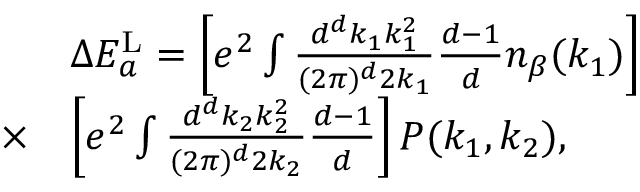
\begin{array} { r l } & { \Delta E _ { a } ^ { \mathrm { L } } = \left[ e ^ { 2 } \int \frac { d ^ { d } k _ { 1 } k _ { 1 } ^ { 2 } } { ( 2 \pi ) ^ { d } 2 k _ { 1 } } \frac { d - 1 } { d } n _ { \beta } ( k _ { 1 } ) \right] } \\ { \times } & { \left[ e ^ { 2 } \int \frac { d ^ { d } k _ { 2 } k _ { 2 } ^ { 2 } } { ( 2 \pi ) ^ { d } 2 k _ { 2 } } \frac { d - 1 } { d } \right] P ( k _ { 1 } , k _ { 2 } ) , } \end{array}